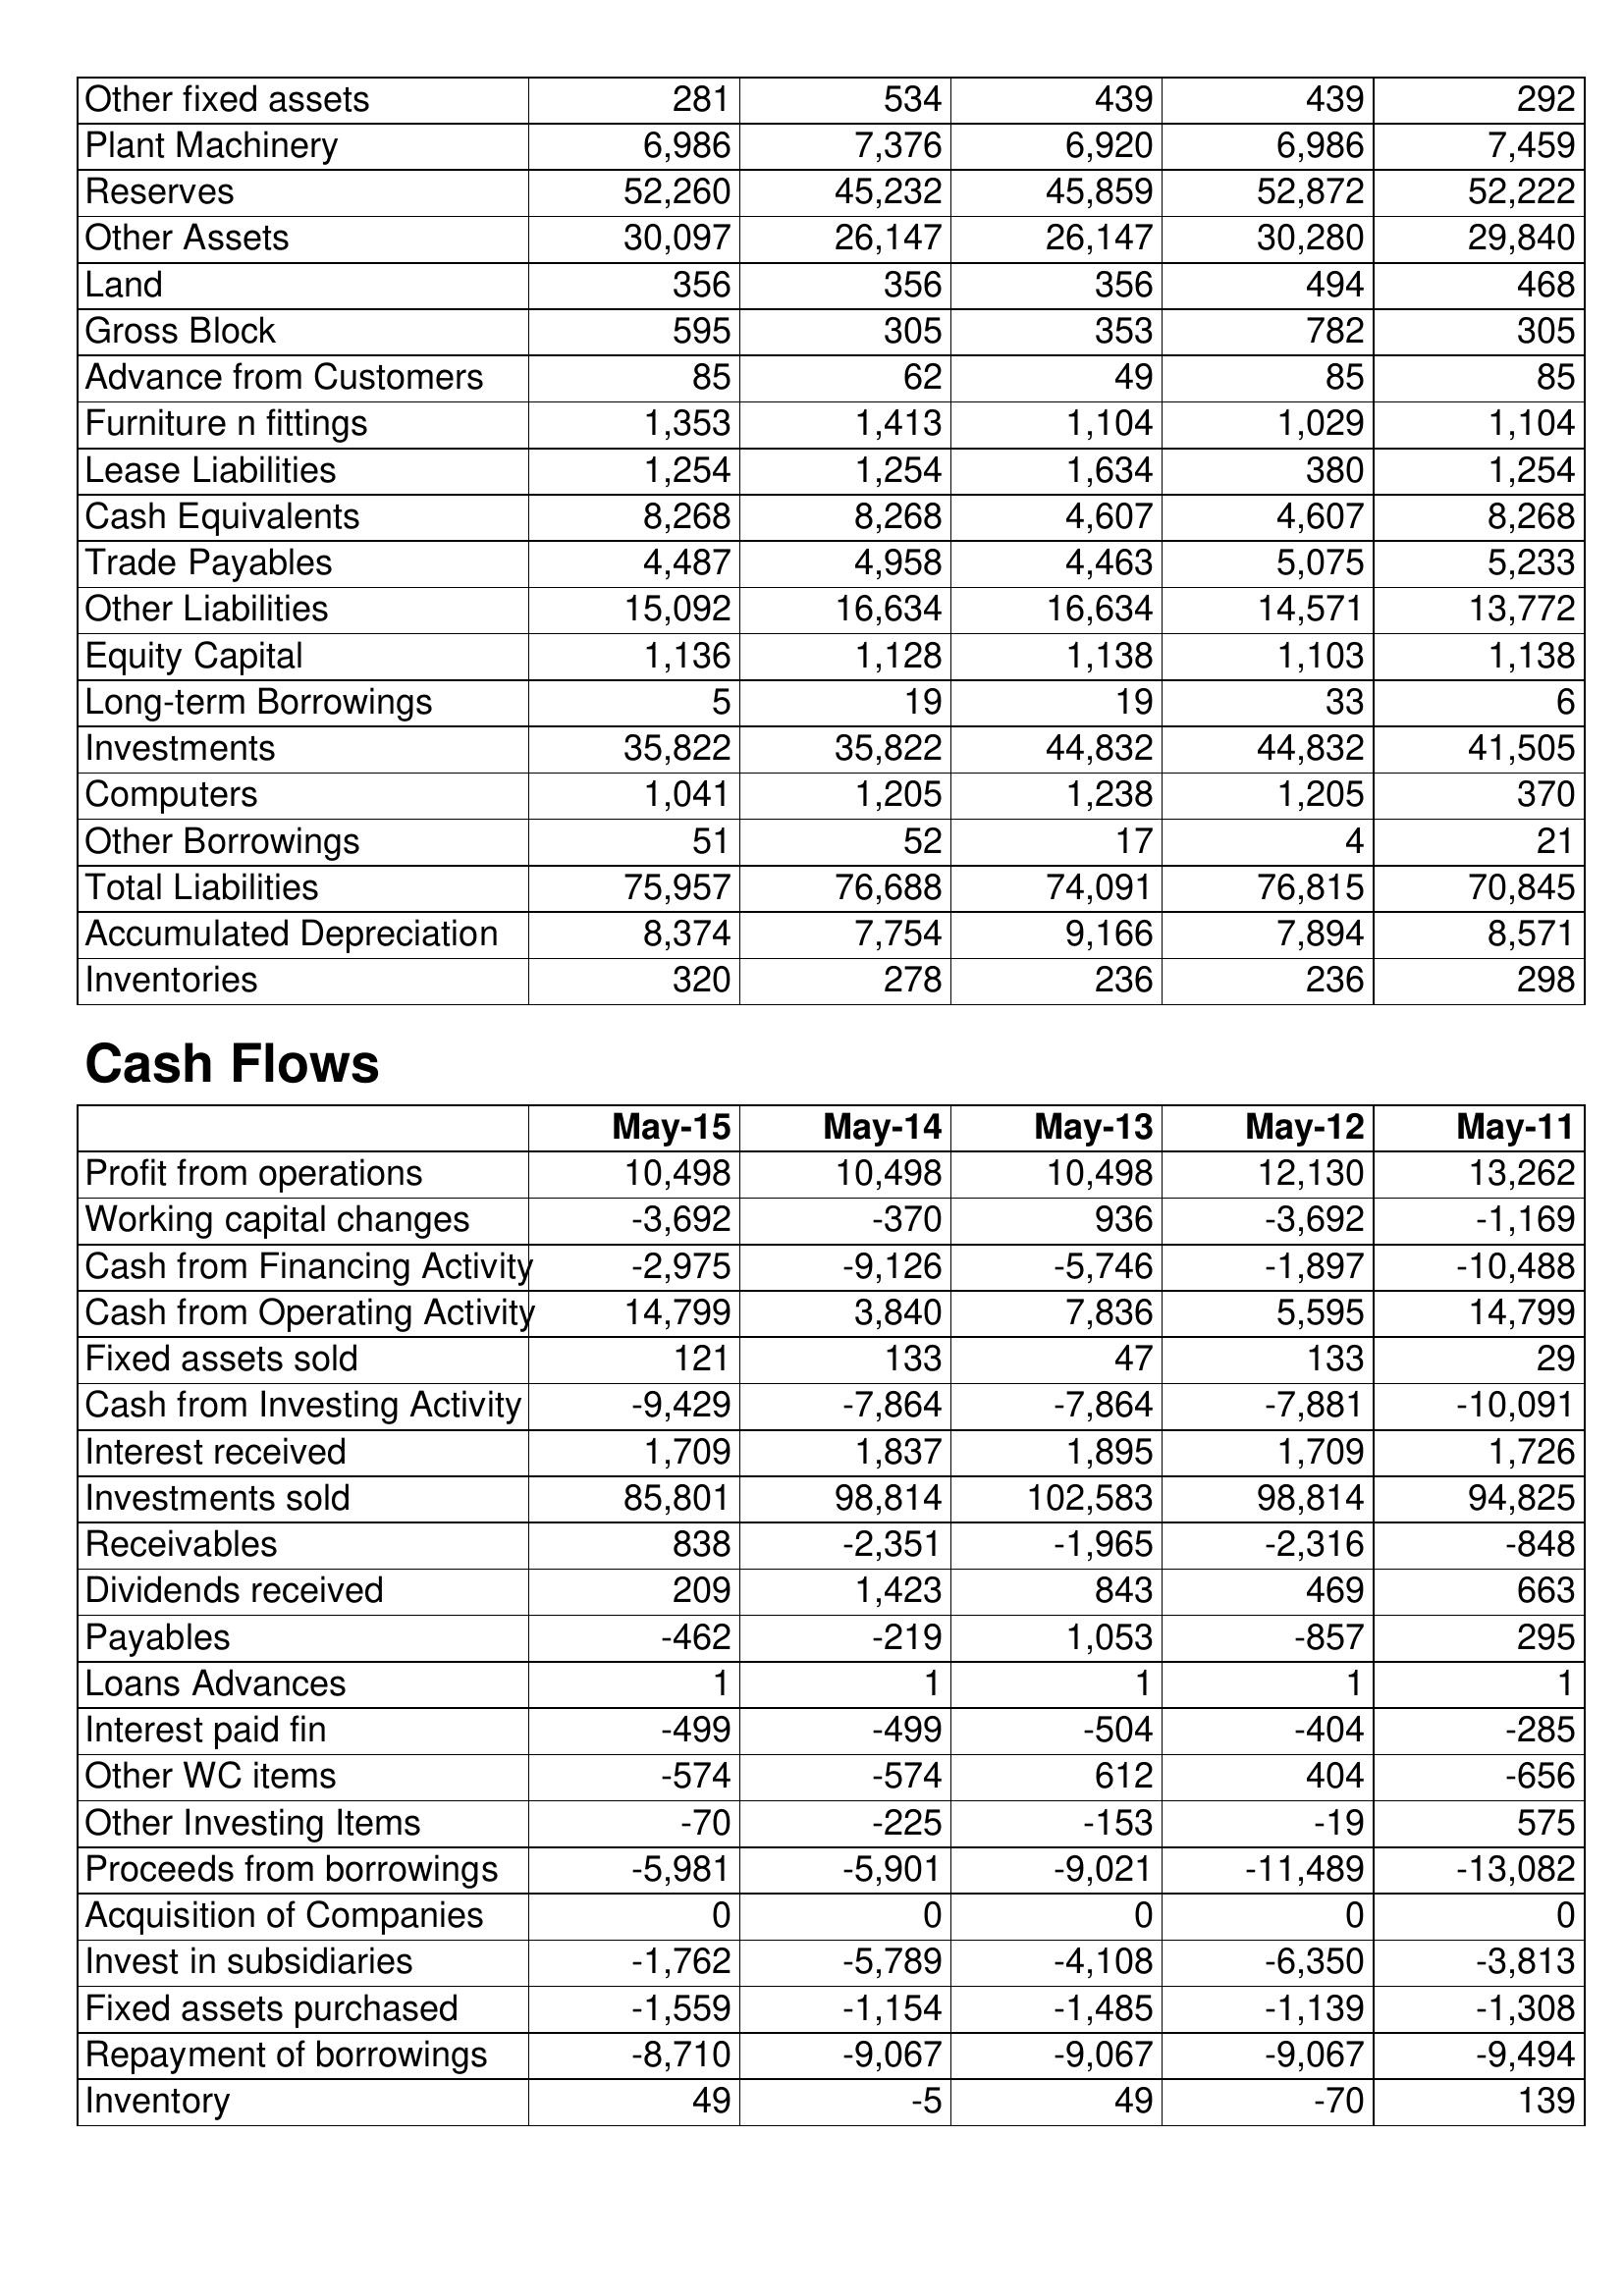
May-15: Balance Sheet: Other fixed assets: 281
Plant Machinery: 6,986
Reserves: 52,260
Other Assets: 30,097
Land: 356
Gross Block: 595
Advance from Customers: 85
Furniture n fittings: 1,353
Lease Liabilities: 1,254
Cash Equivalents: 8,268
Trade Payables: 4,487
Other Liabilities: 15,092
Equity Capital: 1,136
Long-term Borrowings: 5
Investments: 35,822
Computers: 1,041
Other Borrowings: 51
Total Liabilities: 75,957
Accumulated Depreciation: 8,374
Inventories: 320
Cash Flows: Profit from operations: 10,498
Working capital changes: -3,692
Cash from Financing Activity: -2,975
Cash from Operating Activity: 14,799
Fixed assets sold: 121
Cash from Investing Activity: -9,429
Interest received: 1,709
Investments sold: 85,801
Receivables: 838
Dividends received: 209
Payables: -462
Loans Advances: 1
Interest paid fin: -499
Other WC items: -574
Other Investing Items: -70
Proceeds from borrowings: -5,981
Acquisition of Companies: 0
Invest in subsidiaries: -1,762
Fixed assets purchased: -1,559
Repayment of borrowings: -8,710
Inventory: 49
May-14: Balance Sheet: Other fixed assets: 534
Plant Machinery: 7,376
Reserves: 45,232
Other Assets: 26,147
Land: 356
Gross Block: 305
Advance from Customers: 62
Furniture n fittings: 1,413
Lease Liabilities: 1,254
Cash Equivalents: 8,268
Trade Payables: 4,958
Other Liabilities: 16,634
Equity Capital: 1,128
Long-term Borrowings: 19
Investments: 35,822
Computers: 1,205
Other Borrowings: 52
Total Liabilities: 76,688
Accumulated Depreciation: 7,754
Inventories: 278
Cash Flows: Profit from operations: 10,498
Working capital changes: -370
Cash from Financing Activity: -9,126
Cash from Operating Activity: 3,840
Fixed assets sold: 133
Cash from Investing Activity: -7,864
Interest received: 1,837
Investments sold: 98,814
Receivables: -2,351
Dividends received: 1,423
Payables: -219
Loans Advances: 1
Interest paid fin: -499
Other WC items: -574
Other Investing Items: -225
Proceeds from borrowings: -5,901
Acquisition of Companies: 0
Invest in subsidiaries: -5,789
Fixed assets purchased: -1,154
Repayment of borrowings: -9,067
Inventory: -5
May-13: Balance Sheet: Other fixed assets: 439
Plant Machinery: 6,920
Reserves: 45,859
Other Assets: 26,147
Land: 356
Gross Block: 353
Advance from Customers: 49
Furniture n fittings: 1,104
Lease Liabilities: 1,634
Cash Equivalents: 4,607
Trade Payables: 4,463
Other Liabilities: 16,634
Equity Capital: 1,138
Long-term Borrowings: 19
Investments: 44,832
Computers: 1,238
Other Borrowings: 17
Total Liabilities: 74,091
Accumulated Depreciation: 9,166
Inventories: 236
Cash Flows: Profit from operations: 10,498
Working capital changes: 936
Cash from Financing Activity: -5,746
Cash from Operating Activity: 7,836
Fixed assets sold: 47
Cash from Investing Activity: -7,864
Interest received: 1,895
Investments sold: 102,583
Receivables: -1,965
Dividends received: 843
Payables: 1,053
Loans Advances: 1
Interest paid fin: -504
Other WC items: 612
Other Investing Items: -153
Proceeds from borrowings: -9,021
Acquisition of Companies: 0
Invest in subsidiaries: -4,108
Fixed assets purchased: -1,485
Repayment of borrowings: -9,067
Inventory: 49
May-12: Balance Sheet: Other fixed assets: 439
Plant Machinery: 6,986
Reserves: 52,872
Other Assets: 30,280
Land: 494
Gross Block: 782
Advance from Customers: 85
Furniture n fittings: 1,029
Lease Liabilities: 380
Cash Equivalents: 4,607
Trade Payables: 5,075
Other Liabilities: 14,571
Equity Capital: 1,103
Long-term Borrowings: 33
Investments: 44,832
Computers: 1,205
Other Borrowings: 4
Total Liabilities: 76,815
Accumulated Depreciation: 7,894
Inventories: 236
Cash Flows: Profit from operations: 12,130
Working capital changes: -3,692
Cash from Financing Activity: -1,897
Cash from Operating Activity: 5,595
Fixed assets sold: 133
Cash from Investing Activity: -7,881
Interest received: 1,709
Investments sold: 98,814
Receivables: -2,316
Dividends received: 469
Payables: -857
Loans Advances: 1
Interest paid fin: -404
Other WC items: 404
Other Investing Items: -19
Proceeds from borrowings: -11,489
Acquisition of Companies: 0
Invest in subsidiaries: -6,350
Fixed assets purchased: -1,139
Repayment of borrowings: -9,067
Inventory: -70
May-11: Balance Sheet: Other fixed assets: 292
Plant Machinery: 7,459
Reserves: 52,222
Other Assets: 29,840
Land: 468
Gross Block: 305
Advance from Customers: 85
Furniture n fittings: 1,104
Lease Liabilities: 1,254
Cash Equivalents: 8,268
Trade Payables: 5,233
Other Liabilities: 13,772
Equity Capital: 1,138
Long-term Borrowings: 6
Investments: 41,505
Computers: 370
Other Borrowings: 21
Total Liabilities: 70,845
Accumulated Depreciation: 8,571
Inventories: 298
Cash Flows: Profit from operations: 13,262
Working capital changes: -1,169
Cash from Financing Activity: -10,488
Cash from Operating Activity: 14,799
Fixed assets sold: 29
Cash from Investing Activity: -10,091
Interest received: 1,726
Investments sold: 94,825
Receivables: -848
Dividends received: 663
Payables: 295
Loans Advances: 1
Interest paid fin: -285
Other WC items: -656
Other Investing Items: 575
Proceeds from borrowings: -13,082
Acquisition of Companies: 0
Invest in subsidiaries: -3,813
Fixed assets purchased: -1,308
Repayment of borrowings: -9,494
Inventory: 139